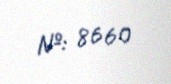
№: 8660